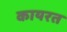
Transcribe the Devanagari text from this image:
कायरत